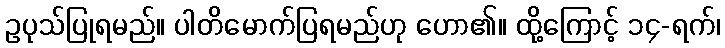
ဥပုသ်ပြုရမည်။ ပါတိမောက်ပြရမည်ဟု ဟော၏။ ထို့ကြောင့် ၁၄-ရက်၊